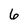
Character: 6